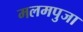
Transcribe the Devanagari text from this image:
मलमपुजा